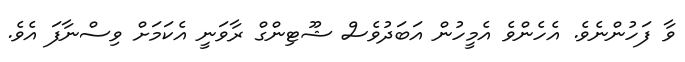
ވާ ފަހުންނެވެ. އެހެންވެ އެމީހުން އަބަދުވެސް ޝޫޓިންގް ރާވަނީ އެކަމަށް ވިސްނާފަ އެވެ.